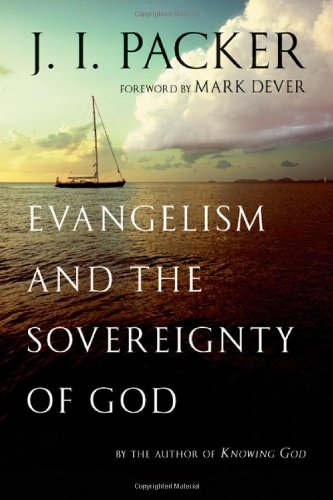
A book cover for Evangelism and the Sovereignty of God; J. I. Packer; Christian Books & Bibles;